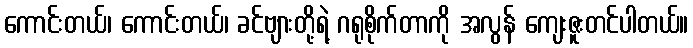
ကောင်းတယ်၊ ကောင်းတယ်၊ ခင်ဗျားတို့ရဲ့ ဂရုစိုက်တာကို အလွန် ကျေးဇူးတင်ပါတယ်။